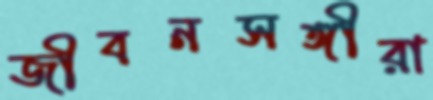
জীবনসঙ্গীরা